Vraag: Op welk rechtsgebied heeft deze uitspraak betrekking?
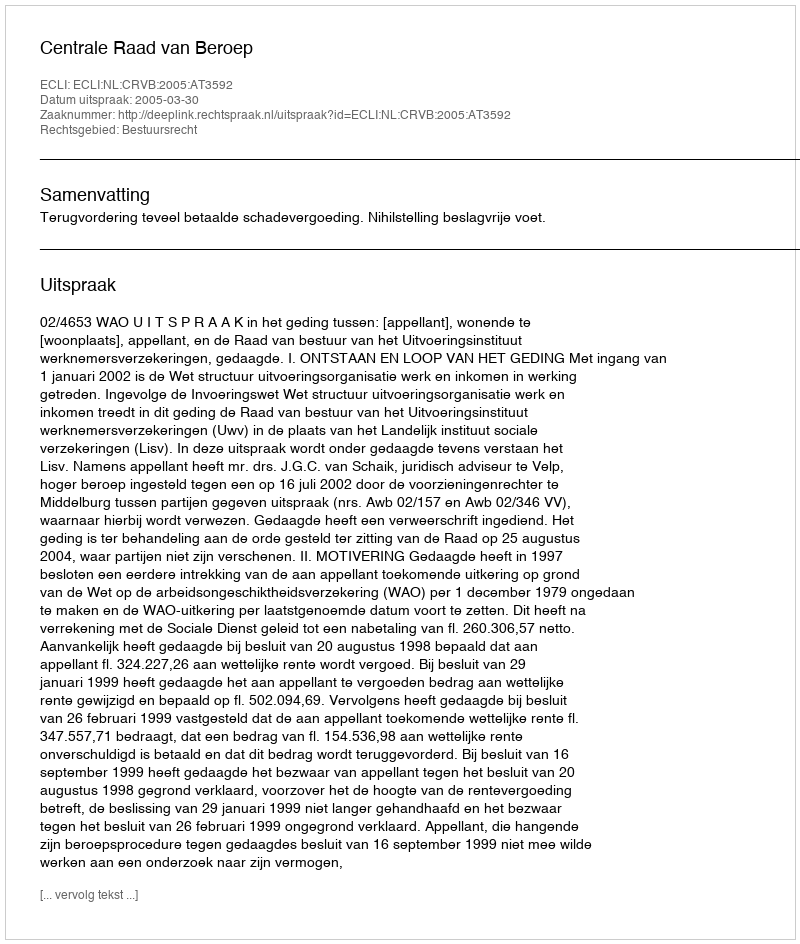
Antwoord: Bestuursrecht